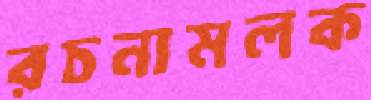
রচনামলক